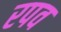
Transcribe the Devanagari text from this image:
रपव